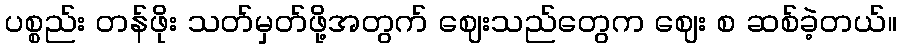
ပစ္စည်း တန်ဖိုး သတ်မှတ်ဖို့အတွက် ဈေးသည်တွေက ဈေး စ ဆစ်ခဲ့တယ်။